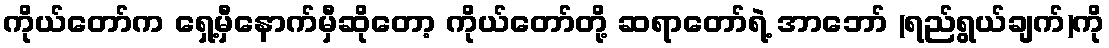
ကိုယ်တော်က ရှေ့မှီနောက်မှီဆိုတော့ ကိုယ်တော်တို့ ဆရာတော်ရဲ့ အာဘော် (ရည်ရွယ်ချက်)ကို